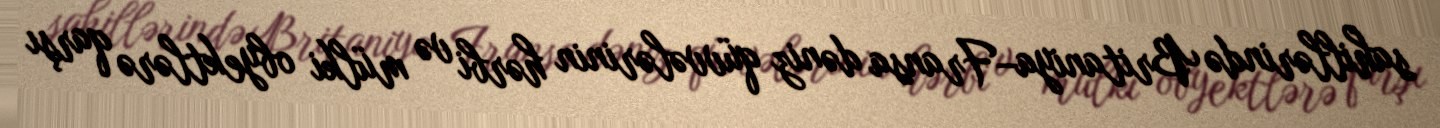
sahillərində Britaniya–Fransa dəniz qüvvələrinin hərbi və mülki obyektlərə qarşı